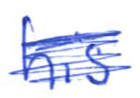
Text: his
Cross-out: scratch
Writing tool: ballpoint